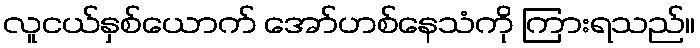
လူငယ်နှစ်ယောက် အော်ဟစ်နေသံကို ကြားရသည်။